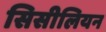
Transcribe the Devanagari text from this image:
सिसीलियन